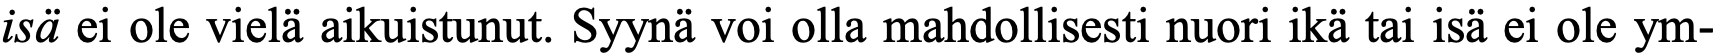
isä ei ole vielä aikuistunut. Syynä voi olla mahdollisesti nuori ikä tai isä ei ole ym-